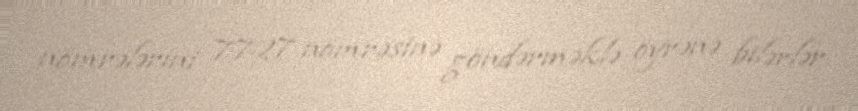
nömrələrini 7727 nömrəsinə göndərməklə öyrənə bilərlər.